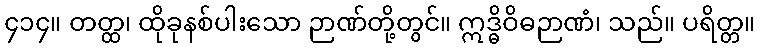
၄၁၄။ တတ္ထ၊ ထိုခုနစ်ပါးသော ဉာဏ်တို့တွင်။ ဣဒ္ဓိဝိဓဉာဏံ၊ သည်။ ပရိတ္တ။